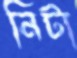
নিটা